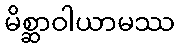
မိစ္ဆာဝါယာမဿ